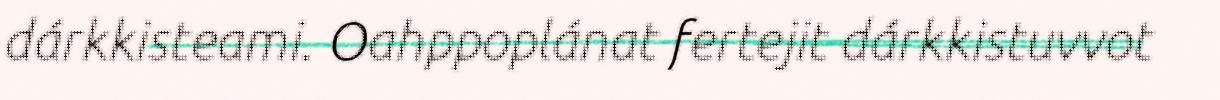
dárkkisteami. Oahppoplánat fertejit dárkkistuvvot